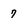
Character: 7